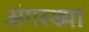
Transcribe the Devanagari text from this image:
अंगरख्या